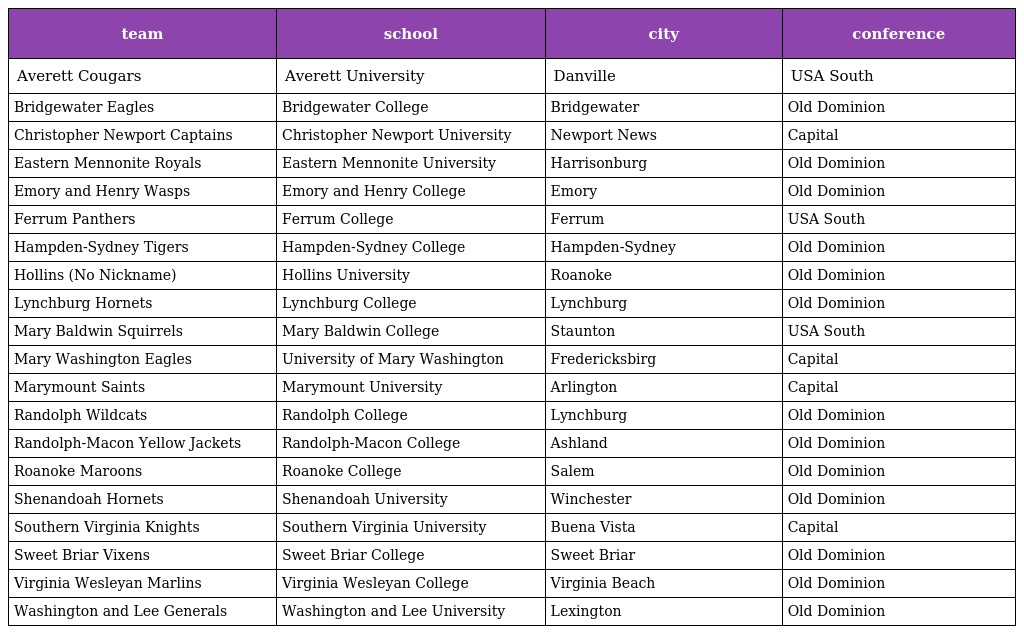
| team | school | city | conference |
 | --- | --- | --- | --- |
 | Averett Cougars | Averett University | Danville | USA South |
 | Bridgewater Eagles | Bridgewater College | Bridgewater | Old Dominion |
 | Christopher Newport Captains | Christopher Newport University | Newport News | Capital |
 | Eastern Mennonite Royals | Eastern Mennonite University | Harrisonburg | Old Dominion |
 | Emory and Henry Wasps | Emory and Henry College | Emory | Old Dominion |
 | Ferrum Panthers | Ferrum College | Ferrum | USA South |
 | Hampden-Sydney Tigers | Hampden-Sydney College | Hampden-Sydney | Old Dominion |
 | Hollins (No Nickname) | Hollins University | Roanoke | Old Dominion |
 | Lynchburg Hornets | Lynchburg College | Lynchburg | Old Dominion |
 | Mary Baldwin Squirrels | Mary Baldwin College | Staunton | USA South |
 | Mary Washington Eagles | University of Mary Washington | Fredericksbirg | Capital |
 | Marymount Saints | Marymount University | Arlington | Capital |
 | Randolph Wildcats | Randolph College | Lynchburg | Old Dominion |
 | Randolph-Macon Yellow Jackets | Randolph-Macon College | Ashland | Old Dominion |
 | Roanoke Maroons | Roanoke College | Salem | Old Dominion |
 | Shenandoah Hornets | Shenandoah University | Winchester | Old Dominion |
 | Southern Virginia Knights | Southern Virginia University | Buena Vista | Capital |
 | Sweet Briar Vixens | Sweet Briar College | Sweet Briar | Old Dominion |
 | Virginia Wesleyan Marlins | Virginia Wesleyan College | Virginia Beach | Old Dominion |
 | Washington and Lee Generals | Washington and Lee University | Lexington | Old Dominion |